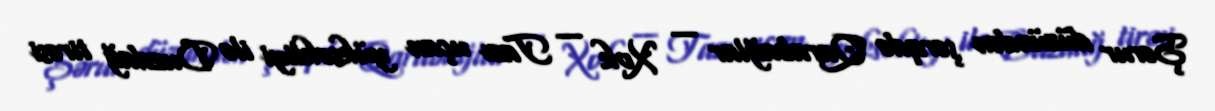
Şərur düzündən şərqdə Qarabağlar — Xok — Tazı uçan yüksəkliyi ilə Duzdağ tirəsi